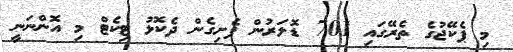
މި ޕެކޭޖުގެ ތެރޭގައި 701 ޑޮލަރުން ފެށިގެން ދެކޮޅު ޓިކެޓް މި އޮންނަނީ